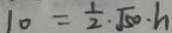
1 0 = \frac { 1 } { 2 } \cdot \sqrt { 5 0 } \cdot h